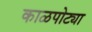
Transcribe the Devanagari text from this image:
काळपोट्या